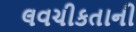
લવચીકતાની